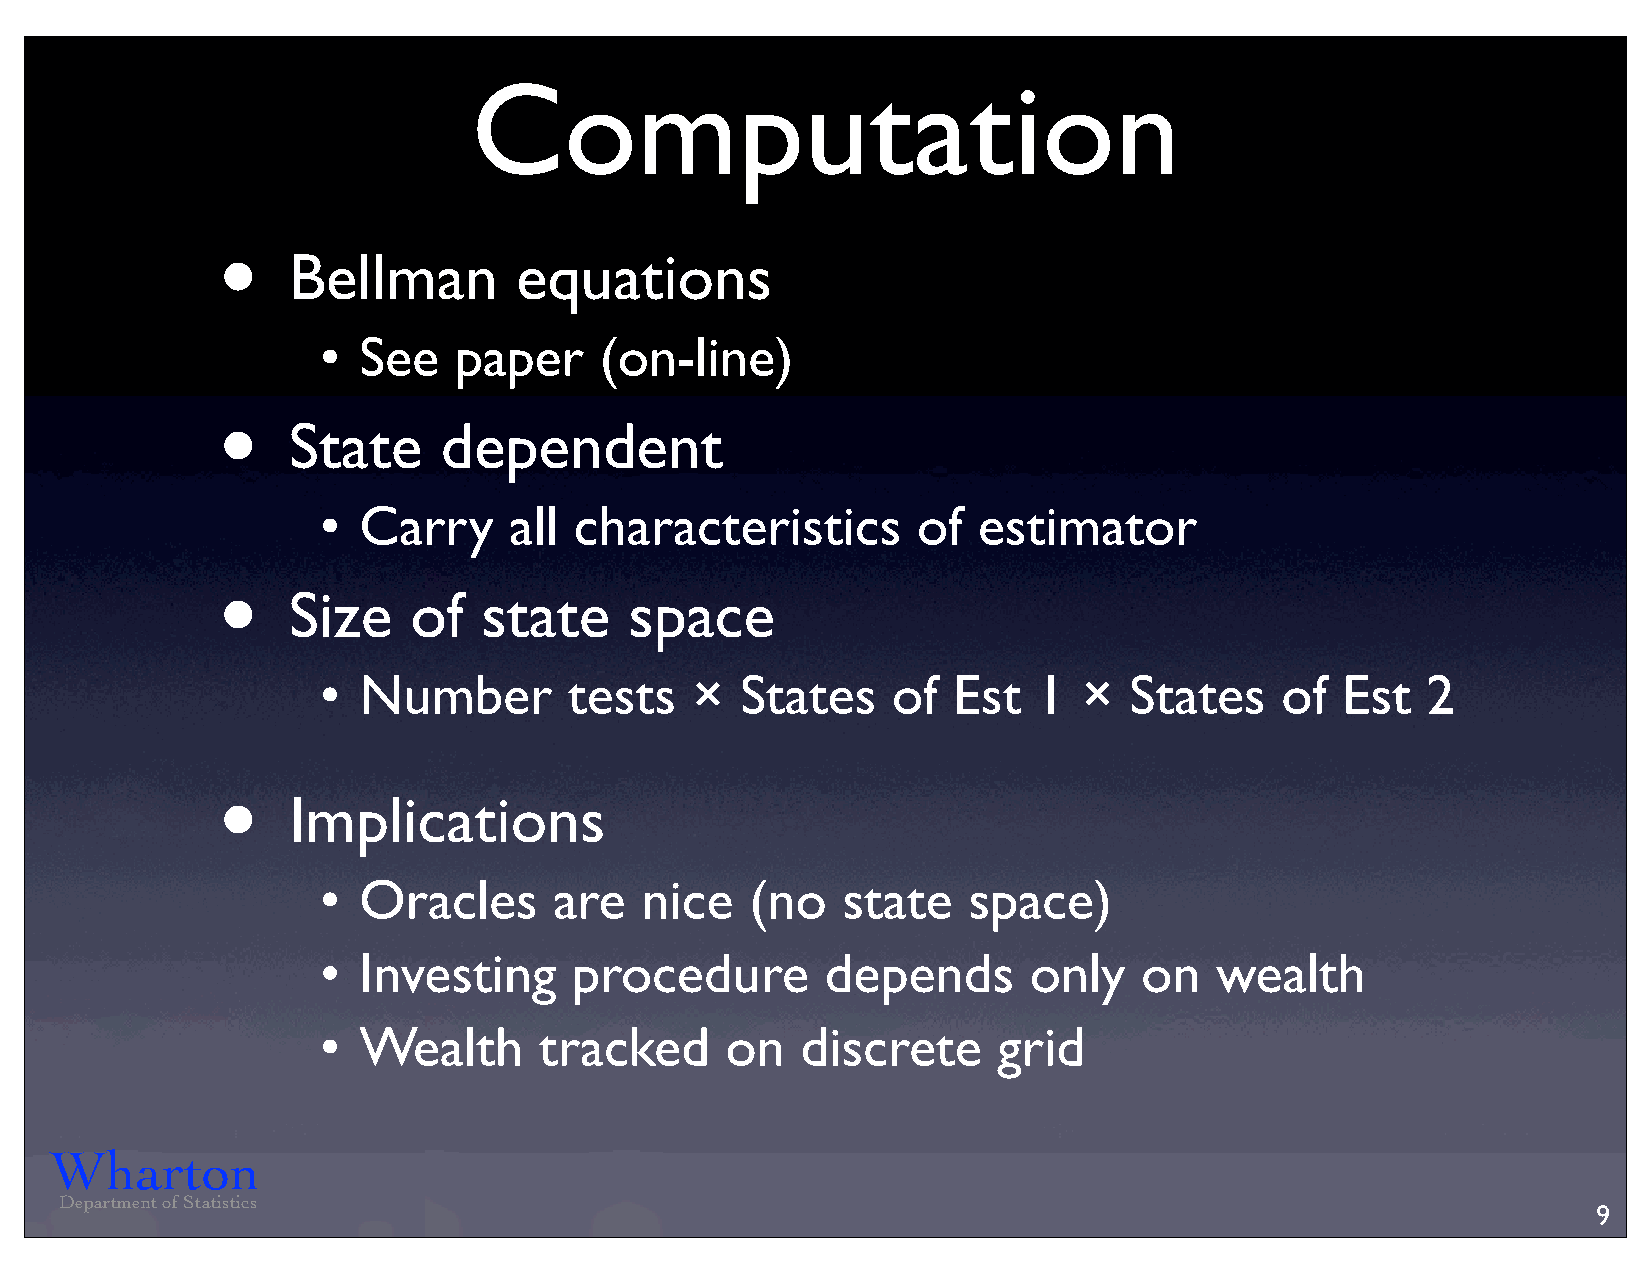
Computation
 •
 Bellman        equations
 •  See   paper     (on-line)
 •
 State     dependent
 •  Carry     all characteristics        of  estimator
 •
 Size    of   state     space
 •  Number        tests   ×  States    of  Est   1  ×  States    of  Est  2
 •
 Implications
 •  Oracles      are  nice    (no   state   space)
 •  Investing     procedure        depends      only    on  wealth
 •  Wealth      tracked     on   discrete     grid
 Wharton
 Department of Statistics
 9